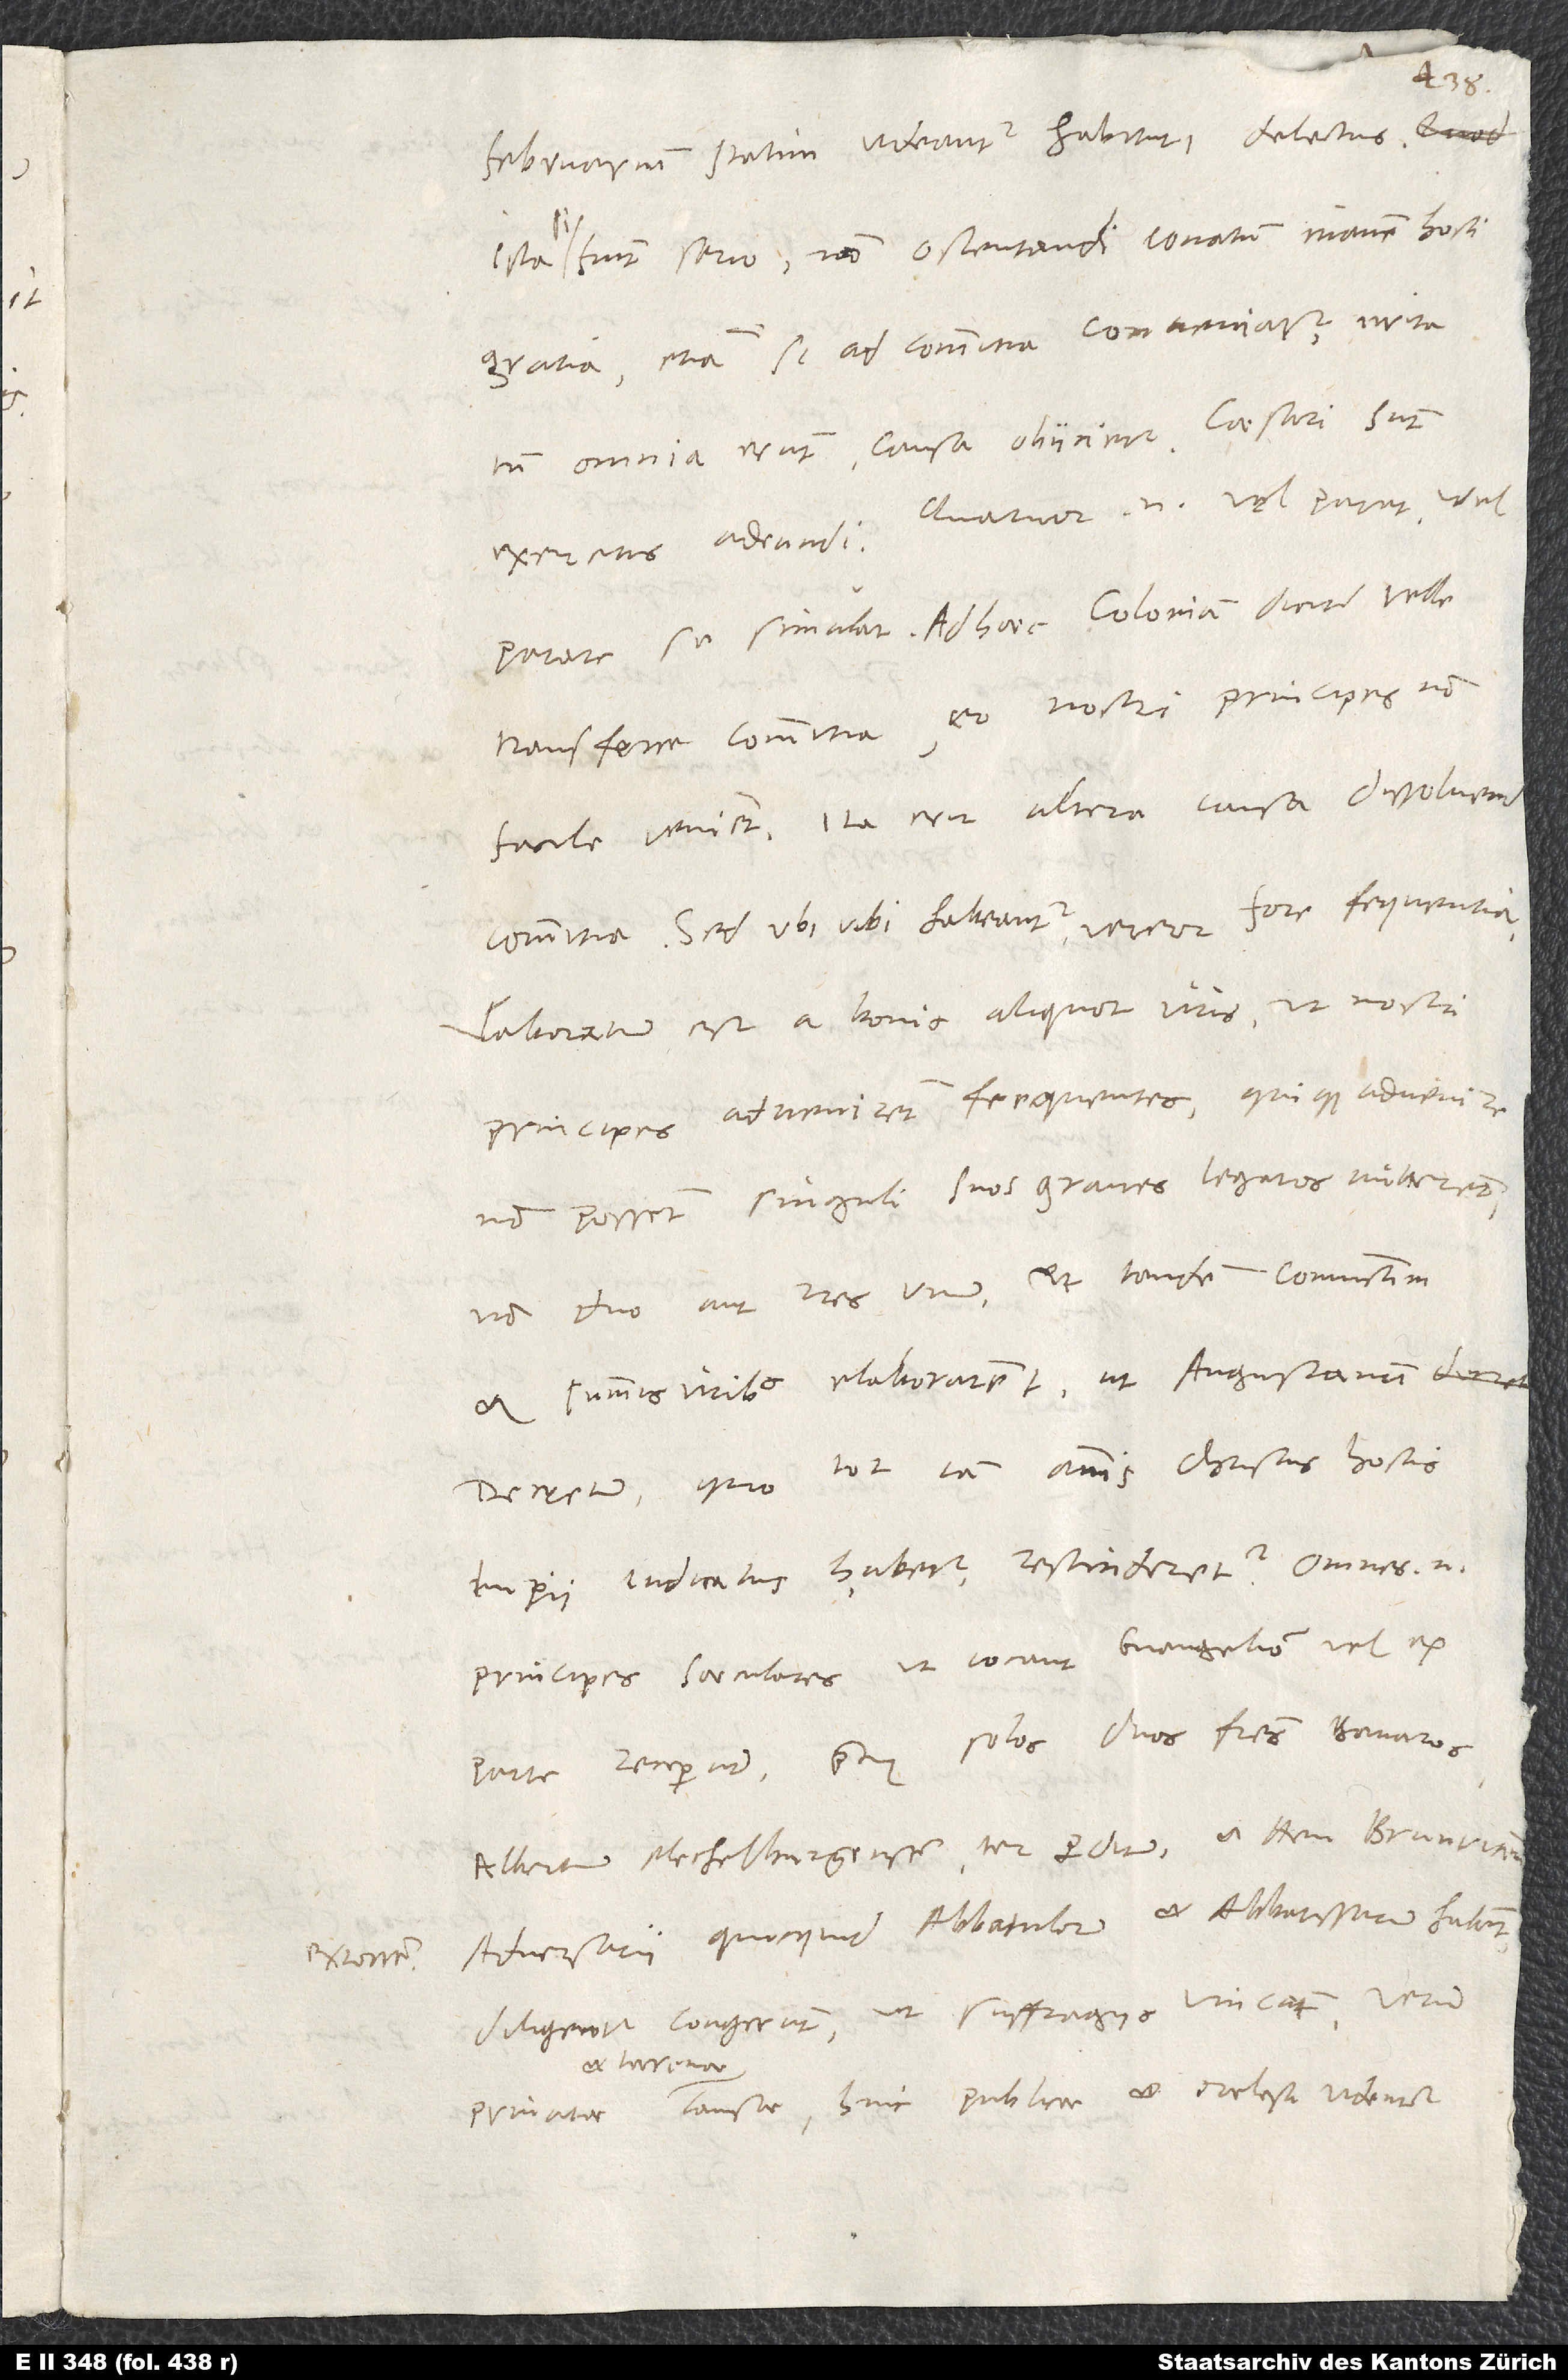
februarium statim videantur habituri delectus.
Ista si fiunt serio, non ostentandi conatum inanem hosti
gratia, etiam si ad commitia conveniatur, irrita
tamen omnia erunt. Causa obiicietur: Caesari sunt
exercitus adeundi; quatuor enim vel parat vel
parare se simulat. Adhaec Coloniam dicitur velle
transferre commitia. Eo nostri principes non
facile venient; ita erit altera causa dissolvend
Sed ubiubi habeantur, vereor fore frequentia.
Laboratum est a bonis aliquot viris, ut nostri
principes advenirent frequentes, quique advenire
non possent, singuli suos graves legatos mitterent,
non duo aut tres unum, et tandem coniunctim
et summis viribus elaborarent, ut Augustanum
decretum, quo tot iam annis Christus hostis
principes saeculares, ut vocant, evangelium vel ex
parte receperunt praeter solos duos fratres Bavaros,
Albertum Mechelburgensem ter perditum et Henricum
Adversarii, quicquid abbatulorum et abbatissarum habent,
diligenter congerunt, ut suffragiis vincant. Verum
et terrenae